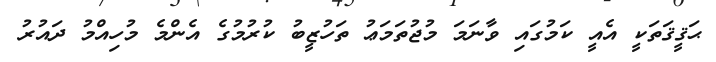
ޙަޤީޤަތަކީ އެއީ ކަމުގައި ވާނަމަ މުޖުތަމަޢު ތަހުޒީބު ކުރުމުގެ އެންމެ މުހިއްމު ދައުރު